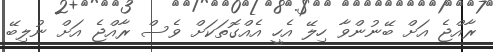
ރާއްޖެ އަށް ބޭނުންވާ ހިލޭ އެހީ އެއްގޮތަކަށް ވެސް ރާއްޖެ އަށް ނުލިބޭ